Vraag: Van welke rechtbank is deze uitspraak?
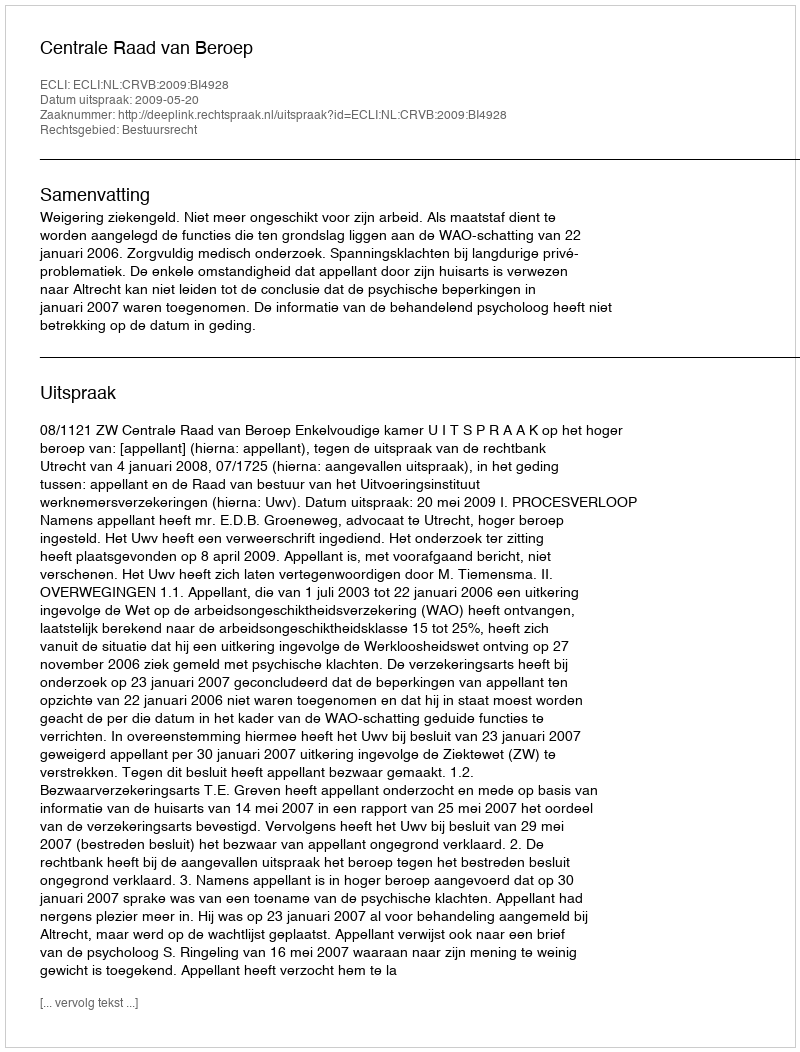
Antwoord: Centrale Raad van Beroep